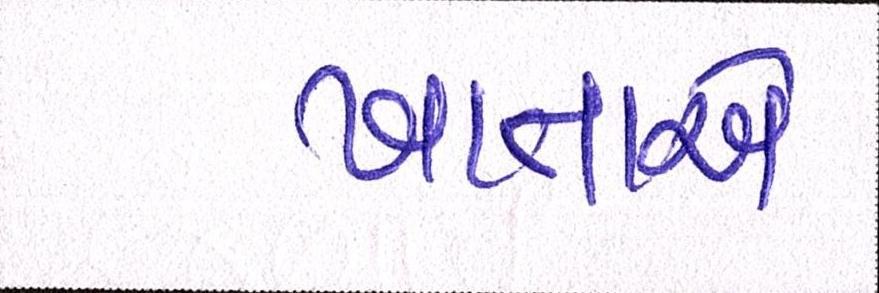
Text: ખાતાએ